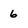
Character: 6